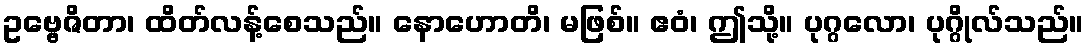
ဥဗ္ဗေဇိတာ၊ ထိတ်လန့်စေသည်။ နောဟောတိ၊ မဖြစ်။ ဧဝံ၊ ဤသို့။ ပုဂ္ဂလော၊ ပုဂ္ဂိုလ်သည်။